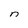
Character: n